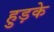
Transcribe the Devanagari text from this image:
हुड़के